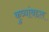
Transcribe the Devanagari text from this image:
कुत्र्यांबद्दल